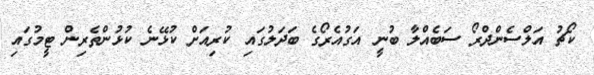
ކޯޗު އަލްސެންދްރޯ ސަބެއްލާ ބުނީ އަގުއެރޯގެ ބަދަލުގައި ކުރިއަށް ކުޅޭނެ ކުޅުންތެރިން ޓީމުގައި